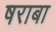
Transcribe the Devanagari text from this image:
षराबा